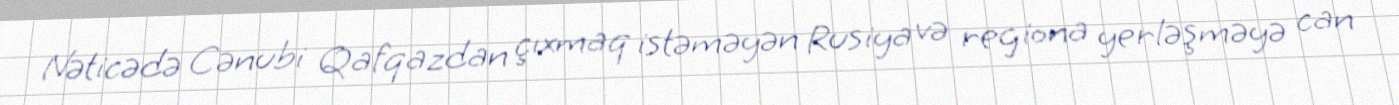
Nəticədə Cənubi Qafqazdan çıxmaq istəməyən Rusiya və regiona yerləşməyə can